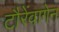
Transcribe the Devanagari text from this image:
टौरेंवागेन